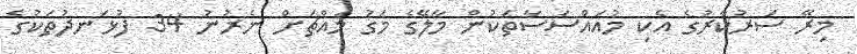
މިރޭ ސަރުކާރުގެ އެކި މުއައްސަސާތަކުން މާލޭގެ މަގު މައްޗަށް ނެރުނު 34 ފުޅަނދުތަކުގެ